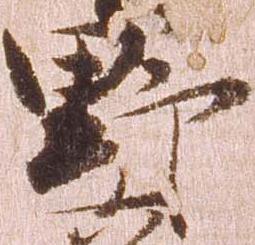
野